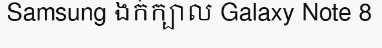
Samsung ងក់ក្បាល Galaxy Note 8